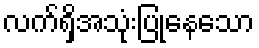
လက်ရှိအသုံးပြုနေသော